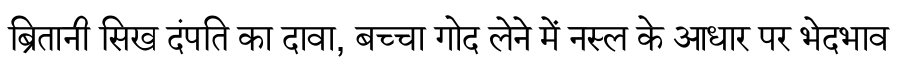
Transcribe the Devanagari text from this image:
ब्रितानी सिख दंपति का दावा, बच्चा गोद लेने में नस्ल के आधार पर भेदभाव